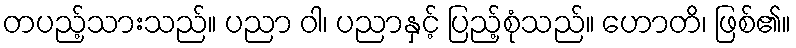
တပည့်သားသည်။ ပညာ ဝါ၊ ပညာနှင့် ပြည့်စုံသည်။ ဟောတိ၊ ဖြစ်၏။